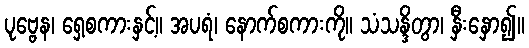
ပုဗ္ဗေန၊ ရှေ့စကားနှင့်။ အပရံ၊ နောက်စကားကို။ သံသန္ဒိတွာ၊ နှီးနှော၍။